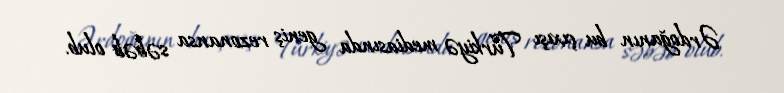
Ərdoğanın bu çıxışı Türkiyə mediasında geniş rezonansa səbəb olub.